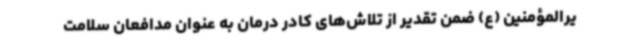
یرالمؤمنین (ع) ضمن تقدیر از تلاش‌های کادر درمان به عنوان مدافعان سلامت